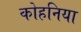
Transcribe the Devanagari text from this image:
कोहनिया